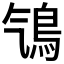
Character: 𩾻